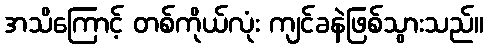
အသိကြောင့် တစ်ကိုယ်လုံး ကျင်ခနဲဖြစ်သွားသည်။